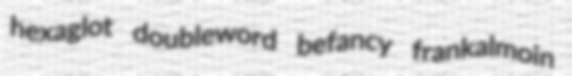
hexaglot doubleword befancy frankalmoin